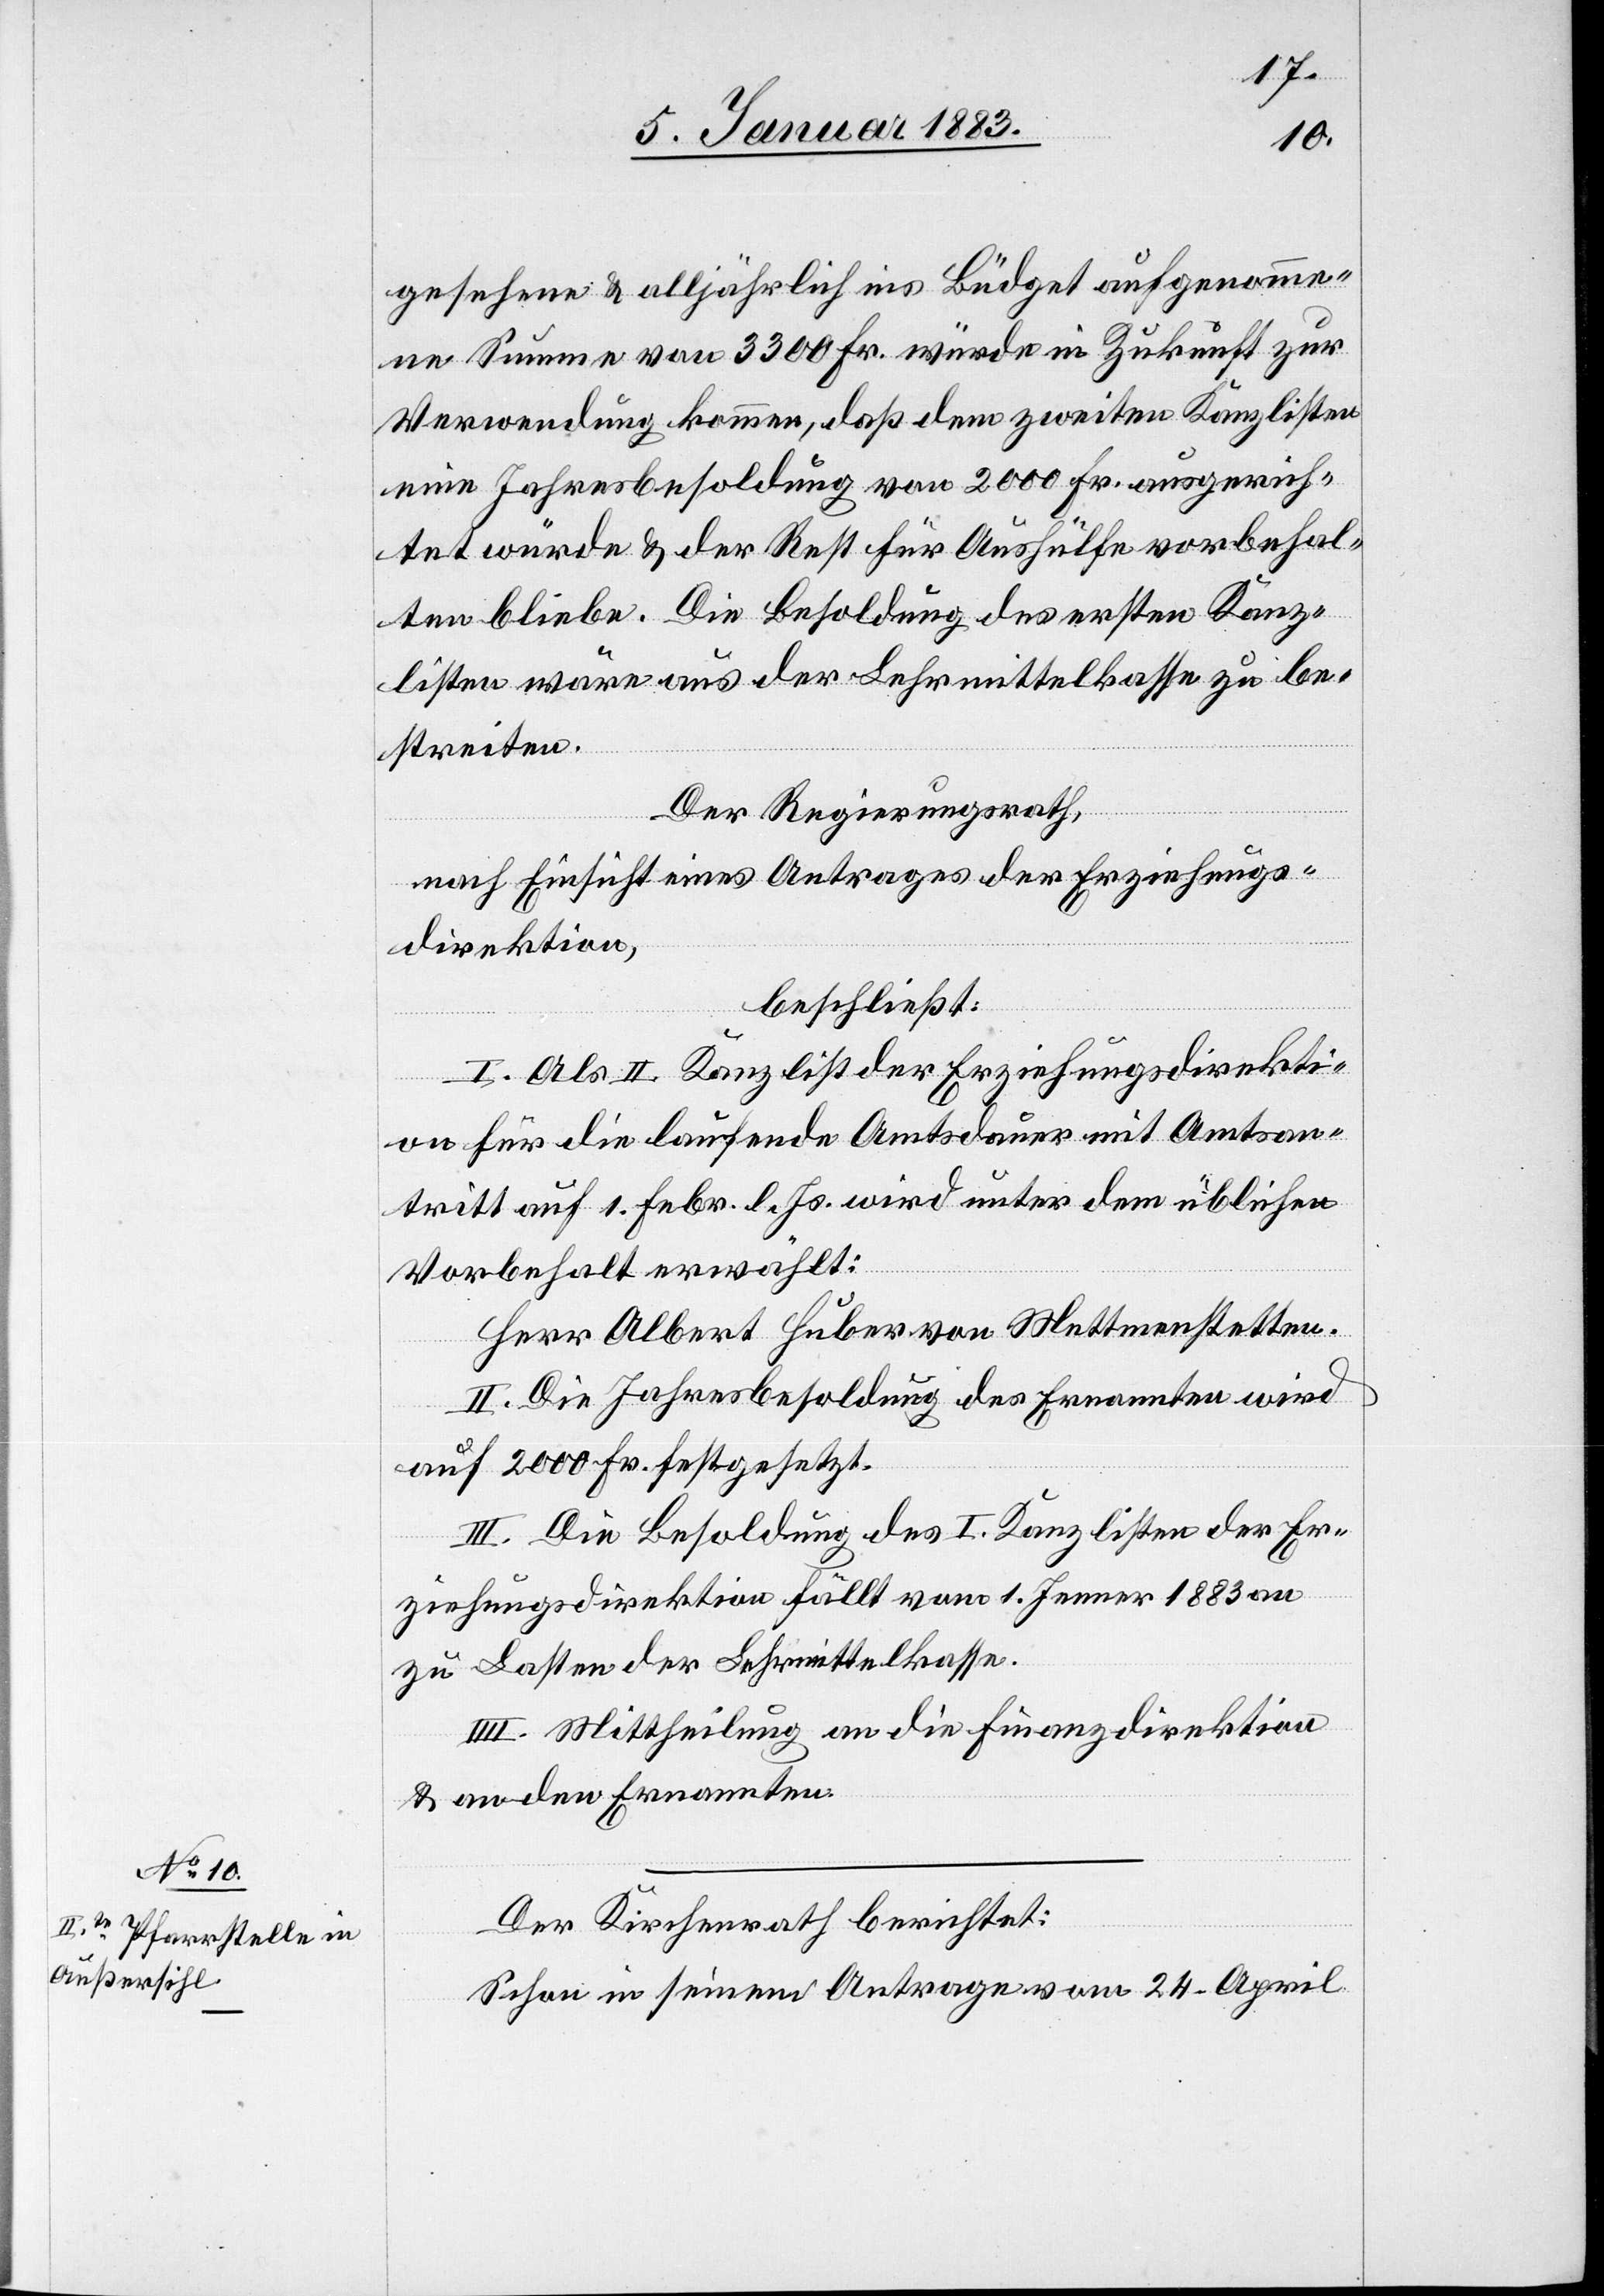
gesehene & alljährlich ins Büdget aufgenomme¬
ne Summe von 3300 Fr. würde in Zukunft zur
Verwendung kommen, daß dem zweiten Kanzlisten
eine Jahresbesoldung von 2000 Fr. ausgerich¬
tet würde & der Rest für Aushülfe vorbehal¬
ten bliebe. Die Besoldung des ersten Kanz¬
listen wäre aus der Lehrmittelkasse zu be¬
streiten.
Der Regierungsrath,
nach Einsicht eines Antrages der Erziehungs¬
direktion,
beschließt:
I. Als II. Kanzlist der Erziehungsdirekti¬
on für die laufende Amtsdauer mit Amtsan¬
tritt auf 1. Febr. l. Js. wird unter dem üblichen
Vorbehalt erwählt:
Herr Albert Huber von Mettmenstetten.
II. Die Jahresbesoldung des Ernannten wird
auf 2000 Fr. festgesetzt.
III. Die Besoldung des I. Kanzlisten der Er¬
ziehungsdirektion fällt vom 1. Jenner 1883 an
zu Lasten der Lehrmittelkasse.
Mittheilung an die Finanzdirektion
& an den Ernannten.
Der Kirchenrath berichtet:
Schon in seinem Antrage vom 24. April